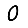
Digit: 0